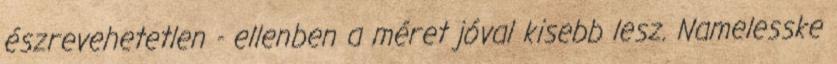
észrevehetetlen - ellenben a méret jóval kisebb lesz. Namelesske